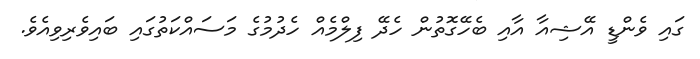
ގައި ވެންޑީ އޭޝިއާ އާއި ބެހޭގޮތުން ހެދޭ ފިލްމެއް ހެދުމުގެ މަސައްކަތުގައި ބައިވެރިވިއެވެ.